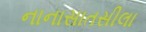
નાનાસાતસીલા